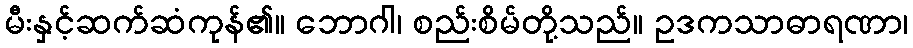
မီးနှင့်ဆက်ဆံကုန်၏။ ဘောဂါ၊ စည်းစိမ်တို့သည်။ ဥဒကသာဓာရဏာ၊